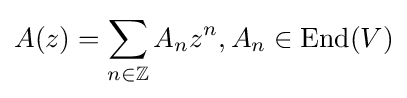
A(z)=\sum _{n\in \mathbb {Z} }A_{n}z^{n},A_{n}\in \mathrm {End} (V)